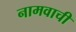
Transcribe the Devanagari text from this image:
नामवाची